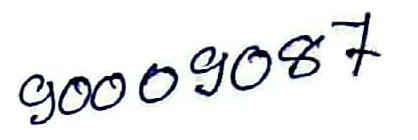
90009087